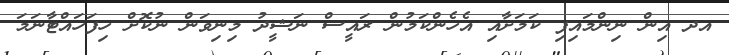
އދ އިން ނިންމައިފި ކަމަށާއި އެހެންކަމުން ރައީސް ނަޝީދު މިނިވަން ނުކޮށް ހިފަހައްޓާނަމަ